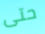
حتى